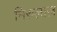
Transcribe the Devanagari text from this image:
निरुलाज़